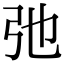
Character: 弛